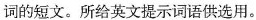
词的短文。所给英文提示词语供选用。